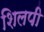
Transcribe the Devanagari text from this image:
शिलपी